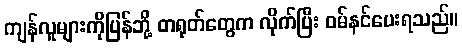
ကျန်လူများကိုပြန်ဘို့ တရုတ်တွေက လိုက်ပြီး ဝမ်နင်ပေးရသည်။